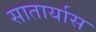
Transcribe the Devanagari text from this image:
सातार्यास